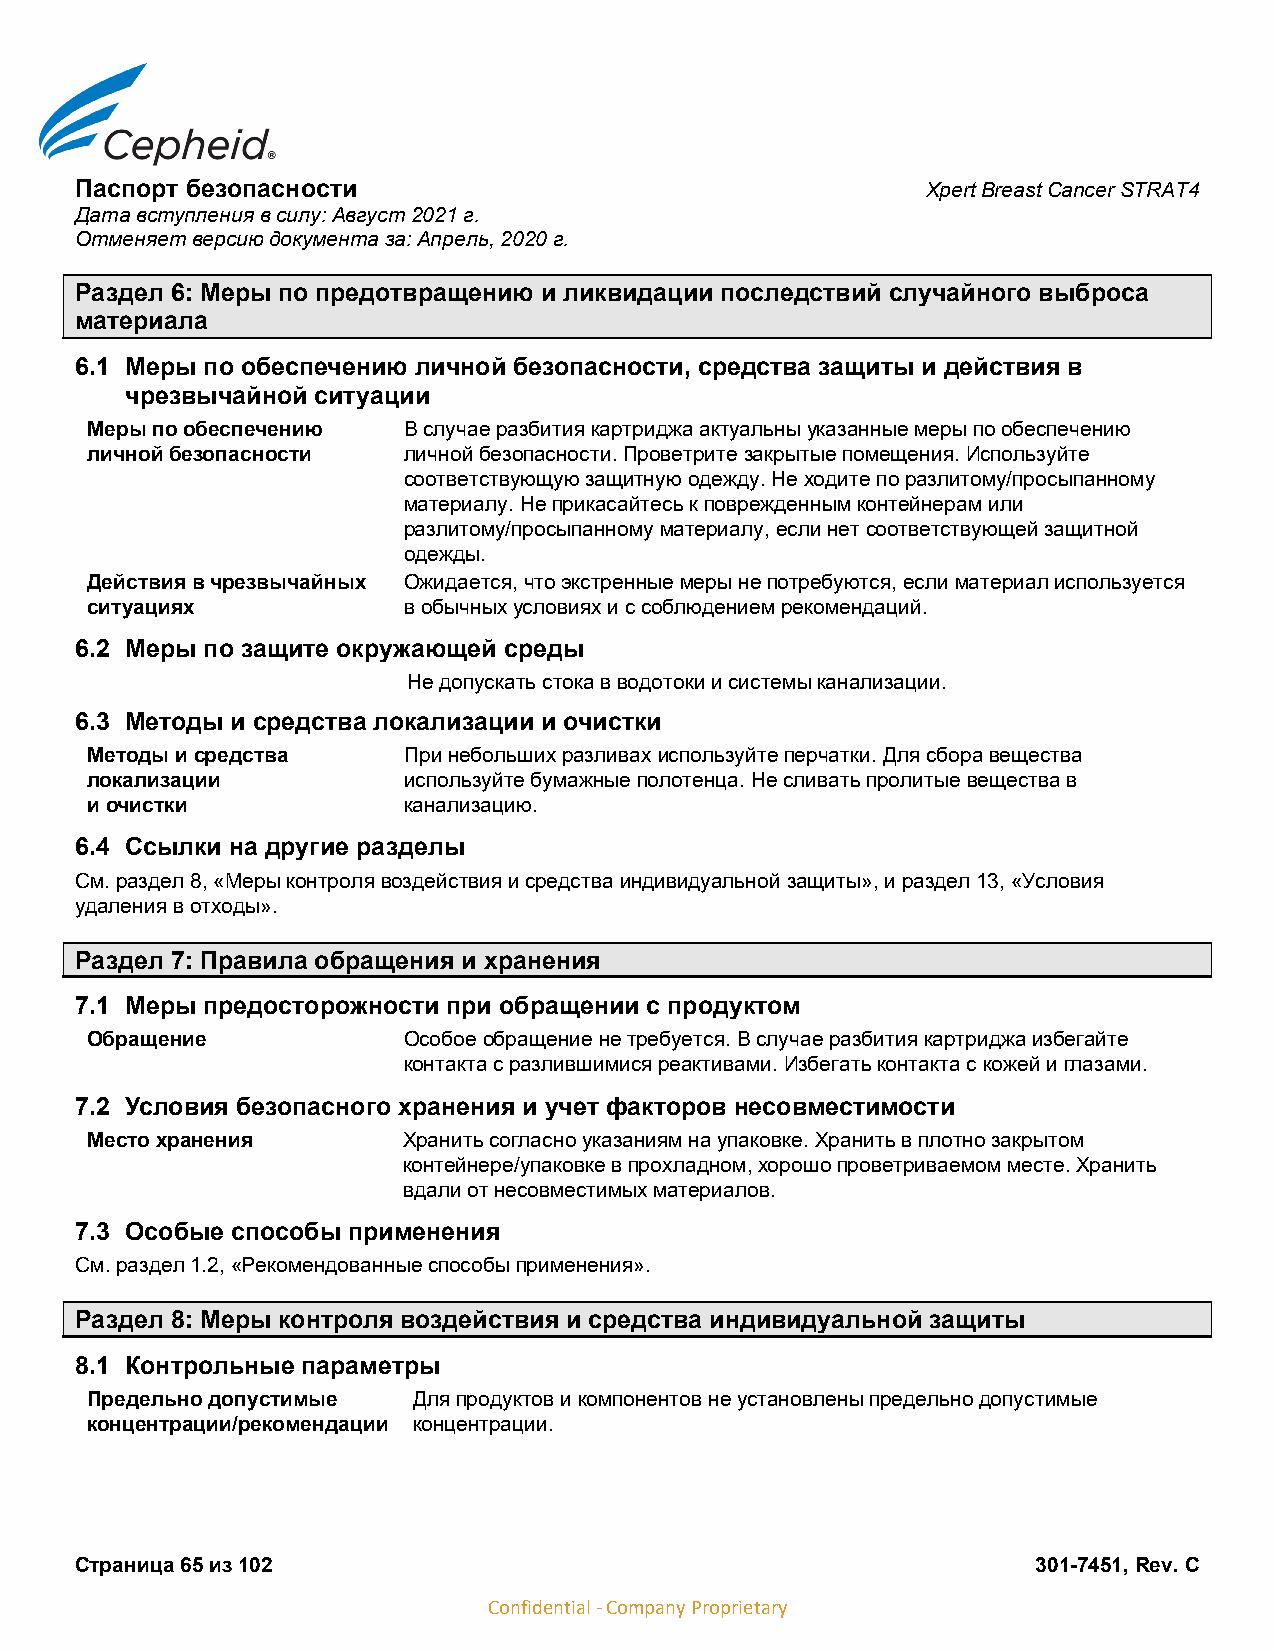
Паспорт безопасности                                    Xpert Breast Cancer STRAT4
 Дата вступления в силу: Август 2021 г.
 Отменяет версию документа за: Апрель, 2020 г.
 Раздел 6: Меры по предотвращению и ликвидации последствий случайного выброса
 материала
 6.1 Меры по обеспечению личной безопасности, средства защиты и действия в
 чрезвычайной ситуации
 Меры по обеспечению  В случае разбития картриджа актуальны указанные меры по обеспечению
 личной безопасности  личной безопасности. Проветрите закрытые помещения. Используйте
 соответствующую защитную одежду. Не ходите по разлитому/просыпанному
 материалу. Не прикасайтесь к поврежденным контейнерам или
 разлитому/просыпанному материалу, если нет соответствующей защитной
 одежды.
 Действия в чрезвычайных Ожидается, что экстренные меры не потребуются, если материал используется
 ситуациях            в обычных условиях и с соблюдением рекомендаций.
 6.2 Меры по защите окружающей среды
 Не допускать стока в водотоки и системы канализации.
 6.3 Методы и средства локализации и очистки
 Методы и средства    При небольших разливах используйте перчатки. Для сбора вещества
 локализации          используйте бумажные полотенца. Не сливать пролитые вещества в
 и очистки            канализацию.
 6.4 Ссылки на другие разделы
 См. раздел 8, «Меры контроля воздействия и средства индивидуальной защиты», и раздел 13, «Условия
 удаления в отходы».
 Раздел 7: Правила обращения и хранения
 7.1 Меры предосторожности при обращении с продуктом
 Обращение            Особое обращение не требуется. В случае разбития картриджа избегайте
 контакта с разлившимися реактивами. Избегать контакта с кожей и глазами.
 7.2 Условия безопасного хранения и учет факторов несовместимости
 Место хранения       Хранить согласно указаниям на упаковке. Хранить в плотно закрытом
 контейнере/упаковке в прохладном, хорошо проветриваемом месте. Хранить
 вдали от несовместимых материалов.
 7.3 Особые способы применения
 См. раздел 1.2, «Рекомендованные способы применения».
 Раздел 8: Меры контроля воздействия и средства индивидуальной защиты
 8.1 Контрольные параметры
 Предельно допустимые Для продуктов и компонентов не установлены предельно допустимые
 концентрации/рекомендации концентрации.
 Страница 65 из 102                                              301-7451, Rev. C
 Confidential - Company Proprietary